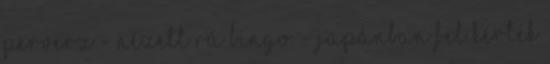
Perverz - nézett rá Bingo. - Japánban fel kérték